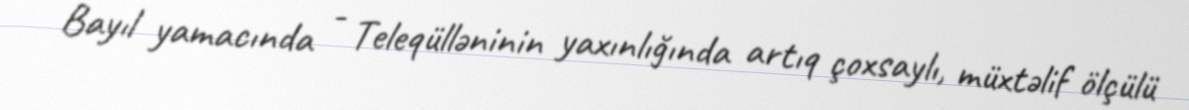
Bayıl yamacında - Teleqülləninin yaxınlığında artıq çoxsaylı, müxtəlif ölçülü